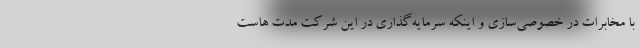
با مخابرات در خصوصی‌سازی و اینکه سرمایه‌گذاری در این شرکت مدت هاست